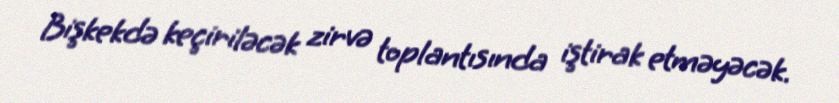
Bişkekdə keçiriləcək zirvə toplantısında iştirak etməyəcək.